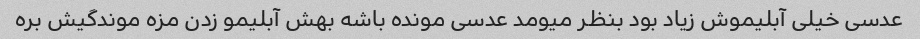
عدسی خیلی آبلیموش زیاد بود بنظر میومد عدسی مونده باشه بهش آبلیمو زدن مزه موندگیش بره